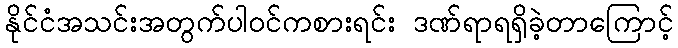
နိုင်ငံအသင်းအတွက်ပါဝင်ကစားရင်း ဒဏ်ရာရရှိခဲ့တာကြောင့်